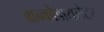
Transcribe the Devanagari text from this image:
ब्रान्कोडायलेटर